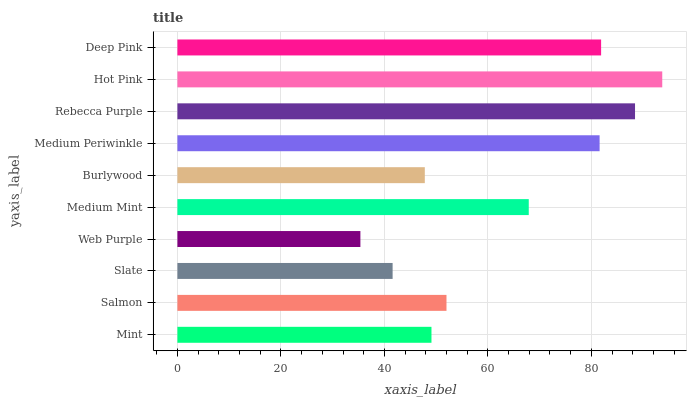
| yaxis_label | bars |
 | --- | --- |
 | Mint | 49.1 |
 | Salmon | 52 |
 | Slate | 41.6 |
 | Web Purple | 35.4 |
 | Medium Mint | 67.9 |
 | Burlywood | 47.8 |
 | Medium Periwinkle | 81.6 |
 | Rebecca Purple | 88.4 |
 | Hot Pink | 93.7 |
 | Deep Pink | 81.9 |